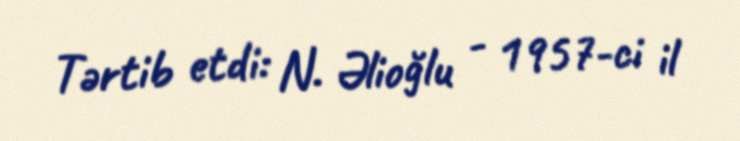
Tərtib etdi: N. Əlioğlu - 1957-ci il